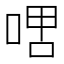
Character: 𫪞